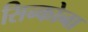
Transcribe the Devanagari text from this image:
सिन्कोना